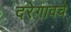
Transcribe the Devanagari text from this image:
दरेगावचे